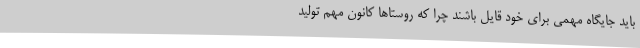
باید جایگاه مهمی برای خود قایل باشند چرا که روستاها کانون مهم تولید